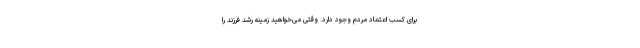
برای کسب اعتماد مردم وجود دارد. وقتی می‌خواهید زمینه رشد فرزند را